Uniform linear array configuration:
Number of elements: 4
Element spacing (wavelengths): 0.5
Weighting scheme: exponential
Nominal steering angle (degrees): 0
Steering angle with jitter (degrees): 0.934
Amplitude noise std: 0.05
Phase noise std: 0.05

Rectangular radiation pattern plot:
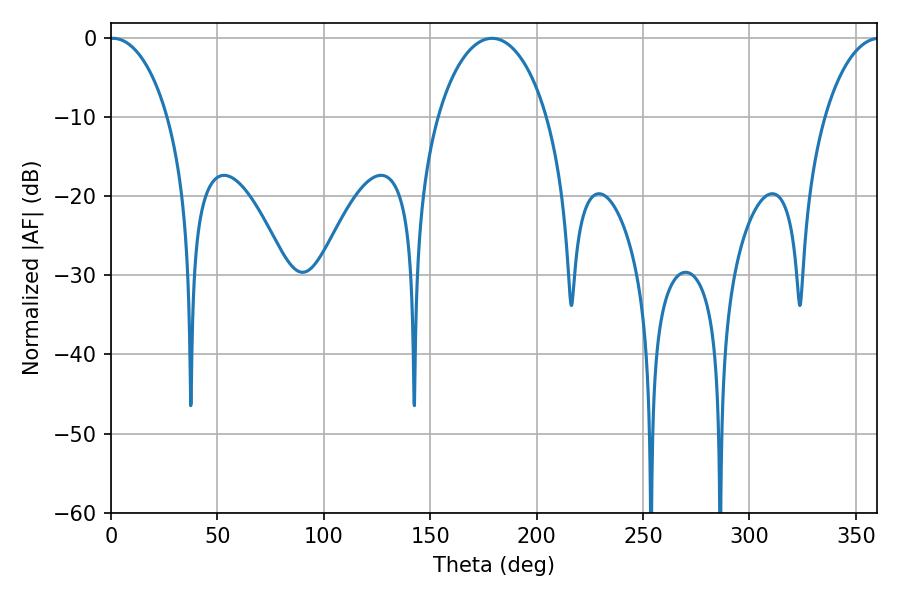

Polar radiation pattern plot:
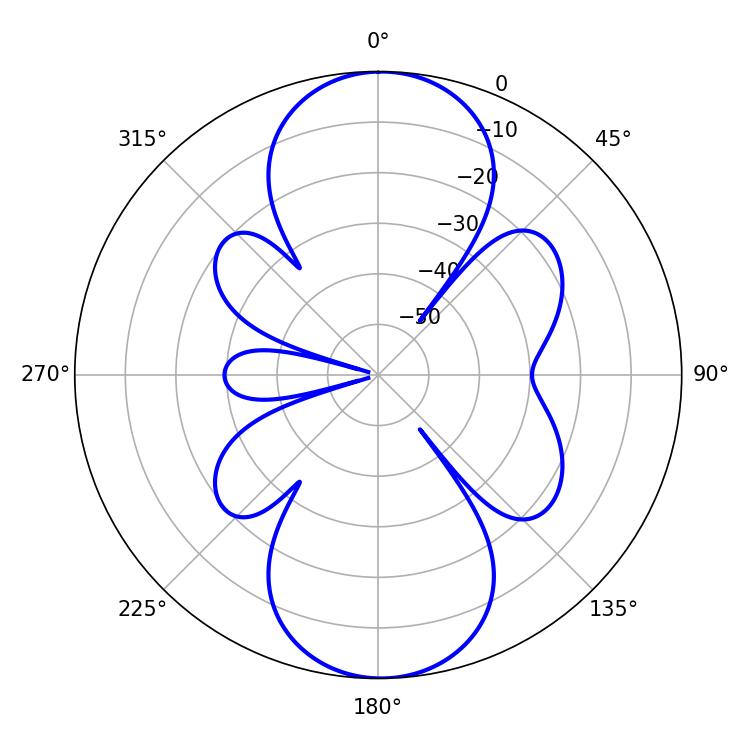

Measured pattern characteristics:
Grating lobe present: FALSE
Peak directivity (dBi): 19.243
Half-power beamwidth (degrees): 15.66
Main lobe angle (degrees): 0.9